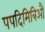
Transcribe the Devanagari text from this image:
पपदिमित्रिऔ